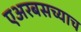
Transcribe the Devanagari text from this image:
एअरबसच्याच